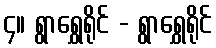
၄။ ရွာရွှေရိုင် - ရွာရွှေရိုင်